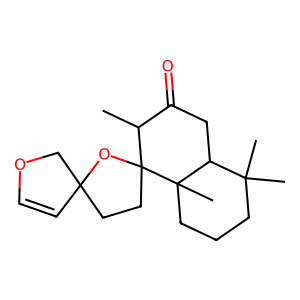
SMILES: CC1C(=O)CC2C(C)(C)CCCC2(C)C12CCC1(C=COC1)O2
Inhibits HIV replication: No